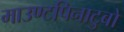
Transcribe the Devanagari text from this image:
माउण्टपिनाटुबो